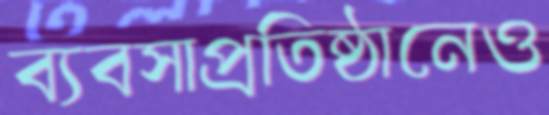
ব্যবসাপ্রতিষ্ঠানেও